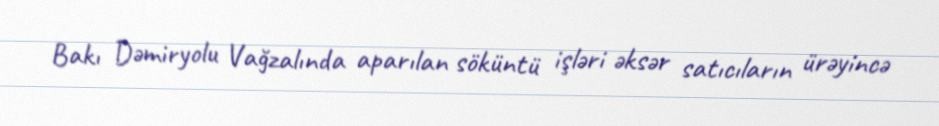
Bakı Dəmiryolu Vağzalında aparılan söküntü işləri əksər satıcıların ürəyincə